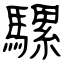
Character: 騾